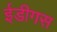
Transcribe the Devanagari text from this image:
ईडीगस